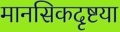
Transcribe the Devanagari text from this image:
मानसिकदृष्टया